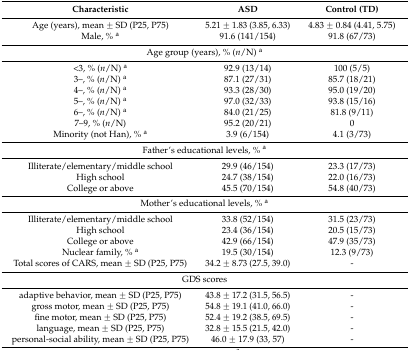
<table><thead><tr><td><b>Characteristic</b></td><td><b>ASD</b></td><td><b>Control (TD)</b></td></tr></thead><tbody><tr><td>Age (years), mean ± SD (P25, P75)</td><td>5.21 ± 1.83 (3.85, 6.33)</td><td>4.83 ± 0.84 (4.41, 5.75)</td></tr><tr><td>Male, % <sup>a</sup></td><td>91.6 (141/154)</td><td>91.8 (67/73)</td></tr><tr><td colspan="3">Age group (years), % (<i>n</i>/N) <sup>a</sup></td></tr><tr><td>&lt;3, % (<i>n</i>/N) <sup>a</sup></td><td>92.9 (13/14)</td><td>100 (5/5)</td></tr><tr><td>3–, % (<i>n</i>/N) <sup>a</sup></td><td>87.1 (27/31)</td><td>85.7 (18/21)</td></tr><tr><td>4–, % (<i>n</i>/N) <sup>a</sup></td><td>93.3 (28/30)</td><td>95.0 (19/20)</td></tr><tr><td>5–, % (<i>n</i>/N) <sup>a</sup></td><td>97.0 (32/33)</td><td>93.8 (15/16)</td></tr><tr><td>6–, % (<i>n</i>/N) <sup>a</sup></td><td>84.0 (21/25)</td><td>81.8 (9/11)</td></tr><tr><td>7–9, % (<i>n</i>/N)</td><td>95.2 (20/21)</td><td>0</td></tr><tr><td>Minority (not Han), % <sup>a</sup></td><td>3.9 (6/154)</td><td>4.1 (3/73)</td></tr><tr><td colspan="3">Father’s educational levels, % <sup>a</sup></td></tr><tr><td>Illiterate/elementary/middle school</td><td>29.9 (46/154)</td><td>23.3 (17/73)</td></tr><tr><td>High school</td><td>24.7 (38/154)</td><td>22.0 (16/73)</td></tr><tr><td>College or above</td><td>45.5 (70/154)</td><td>54.8 (40/73)</td></tr><tr><td colspan="3">Mother’s educational levels, % <sup>a</sup></td></tr><tr><td>Illiterate/elementary/middle school</td><td>33.8 (52/154)</td><td>31.5 (23/73)</td></tr><tr><td>High school</td><td>23.4 (36/154)</td><td>20.5 (15/73)</td></tr><tr><td>College or above</td><td>42.9 (66/154)</td><td>47.9 (35/73)</td></tr><tr><td>Nuclear family, % <sup>a</sup></td><td>19.5 (30/154)</td><td>12.3 (9/73)</td></tr><tr><td>Total scores of CARS, mean ± SD (P25, P75)</td><td>34.2 ± 8.73 (27.5, 39.0)</td><td>-</td></tr><tr><td colspan="3">GDS scores</td></tr><tr><td>adaptive behavior, mean ± SD (P25, P75)</td><td>43.8 ± 17.2 (31.5, 56.5)</td><td>-</td></tr><tr><td>gross motor, mean ± SD (P25, P75)</td><td>54.8 ± 19.1 (41.0, 66.0)</td><td>-</td></tr><tr><td>fine motor, mean ± SD (P25, P75)</td><td>52.4 ± 19.2 (38.5, 69.5)</td><td>-</td></tr><tr><td>language, mean ± SD (P25, P75)</td><td>32.8 ± 15.5 (21.5, 42.0)</td><td>-</td></tr><tr><td>personal-social ability, mean ± SD (P25, P75)</td><td>46.0 ± 17.9 (33, 57)</td><td>-</td></tr></tbody></table>